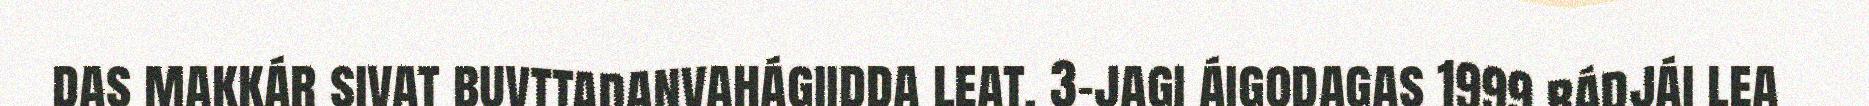
das makkár sivat buvttadanvahágiidda leat. 3-jagi áigodagas 1999 rádjái lea